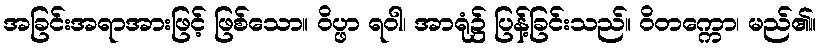
အခြင်းအရာအားဖြင့် ဖြစ်သော။ ဝိပ္ဖာ ရဝါ၊ အာရုံ၌ ပြန့်ခြင်းသည်။ ဝိတက္ကော၊ မည်၏။